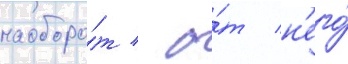
наоборо́т / о́т н'его́